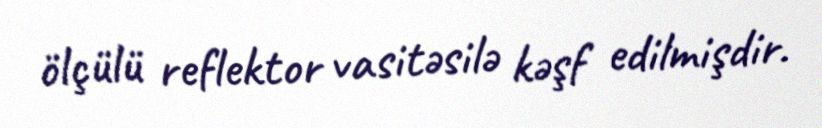
ölçülü reflektor vasitəsilə kəşf edilmişdir.